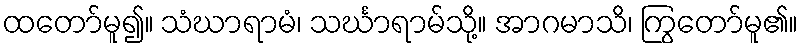
ထတော်မူ၍။ သံဃာရာမံ၊ သင်္ဃာရာမ်သို့။ အာဂမာသိ၊ ကြွတော်မူ၏။